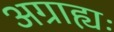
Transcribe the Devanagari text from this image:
अग्राह्यः